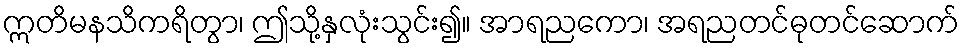
ဣတိမနသိကရိတွာ၊ ဤသို့နှလုံးသွင်း၍။ အာရညကော၊ အရညတင်ဓုတင်ဆောက်